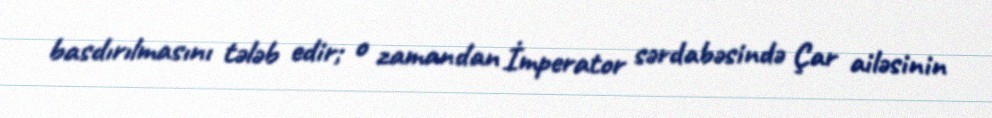
basdırılmasını tələb edir; o zamandan İmperator sərdabəsində Çar ailəsinin